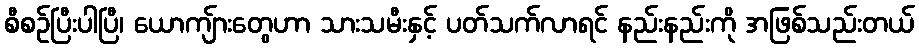
စီစဉ်ပြီးပါပြီ၊ ယောကျ်ားတွေဟာ သားသမီးနှင့် ပတ်သက်လာရင် နည်းနည်းကို အဖြစ်သည်းတယ်